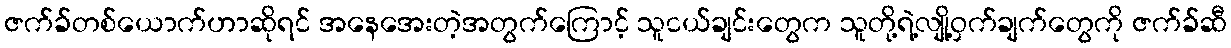
ဇက်ခ်တစ်ယောက်ဟာဆိုရင် အနေအေးတဲ့အတွက်ကြောင့် သူငယ်ချင်းတွေက သူတို့ရဲ့လျို့ဝှက်ချက်တွေကို ဇက်ခ်ဆီ